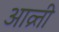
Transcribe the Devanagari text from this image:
आव्र्त्ती